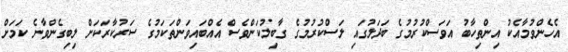
އެހެންވުމާއެކު އިންތިހާބު އަވަސްކުރުމުގެ ބަދަލުގައި ލަސްކުރުމުގެ ގާބިލުކަންވެސް އެއްބައިވަންތަކަމުގެ ސަރުކާރަކަށް ލިބިގެންވާނެ ކަމަށް